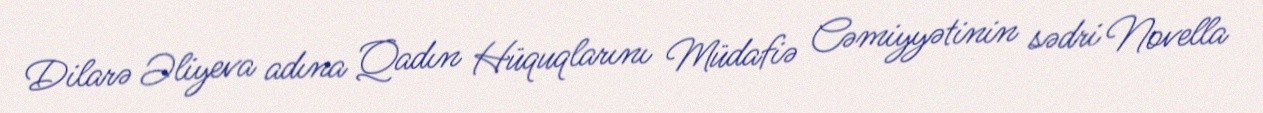
Dilarə Əliyeva adına Qadın Hüquqlarını Müdafiə Cəmiyyətinin sədri Novella